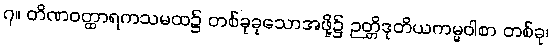
၇။ တိဏဝတ္ထာရကသမထ၌ တစ်ခုခုသောအဖို့၌ ဉတ္တိဒုတိယကမ္မဝါစာ တစ်ခု၊